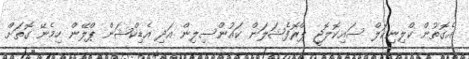
އެގޮތުން ކްލިނިކަލް ސައިކޮލޮޖީ ޕްރޮފެޝަލަން ކައުންސިލިން އަދި އެޑިކްޝަން ޕްލޭން ހިމެނޭ ގޮތަށް